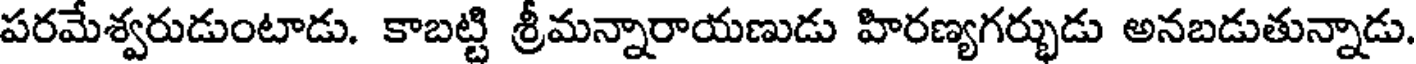
పరమేశ్వరుడుంటాడు. కాబట్టి శ్రీమన్నారాయణుడు హిరణ్యగర్భుడు అనబడుతున్నాడు